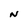
Character: N